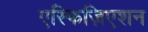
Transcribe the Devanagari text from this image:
एस्फिज़िएशन